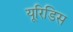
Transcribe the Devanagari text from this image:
यूरिडिस